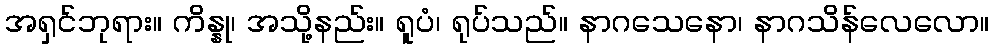
အရှင်ဘုရား။ ကိန္နု၊ အသို့နည်း။ ရူပံ၊ ရုပ်သည်။ နာဂသေနော၊ နာဂသိန်လေလော။